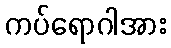
ကပ်ရောဂါအား